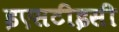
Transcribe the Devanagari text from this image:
इएसटीइसी